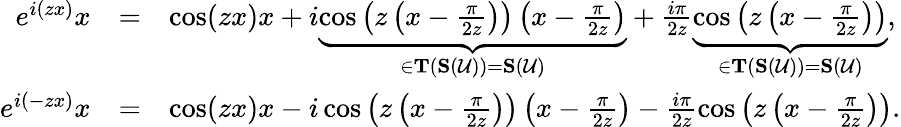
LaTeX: \begin{array}{rcl}{e^{i(zx)}x}&{=}&{\cos(zx)x+i\underbrace{\cos\left(z\left(x-\frac{\pi}{2z}\right)\right)\left(x-\frac{\pi}{2z}\right)}_{\in\mathbf{T}(\mathbf{S}(\mathcal{U}))=\mathbf{S}(\mathcal{U})}+\frac{i\pi}{2z}\underbrace{\cos\left(z\left(x-\frac{\pi}{2z}\right)\right)}_{\in\mathbf{T}(\mathbf{S}(\mathcal{U}))=\mathbf{S}(\mathcal{U})},}\\ {e^{i(-zx)}x}&{=}&{\cos(zx)x-i\cos\left(z\left(x-\frac{\pi}{2z}\right)\right)\left(x-\frac{\pi}{2z}\right)-\frac{i\pi}{2z}\cos\left(z\left(x-\frac{\pi}{2z}\right)\right).}\end{array}